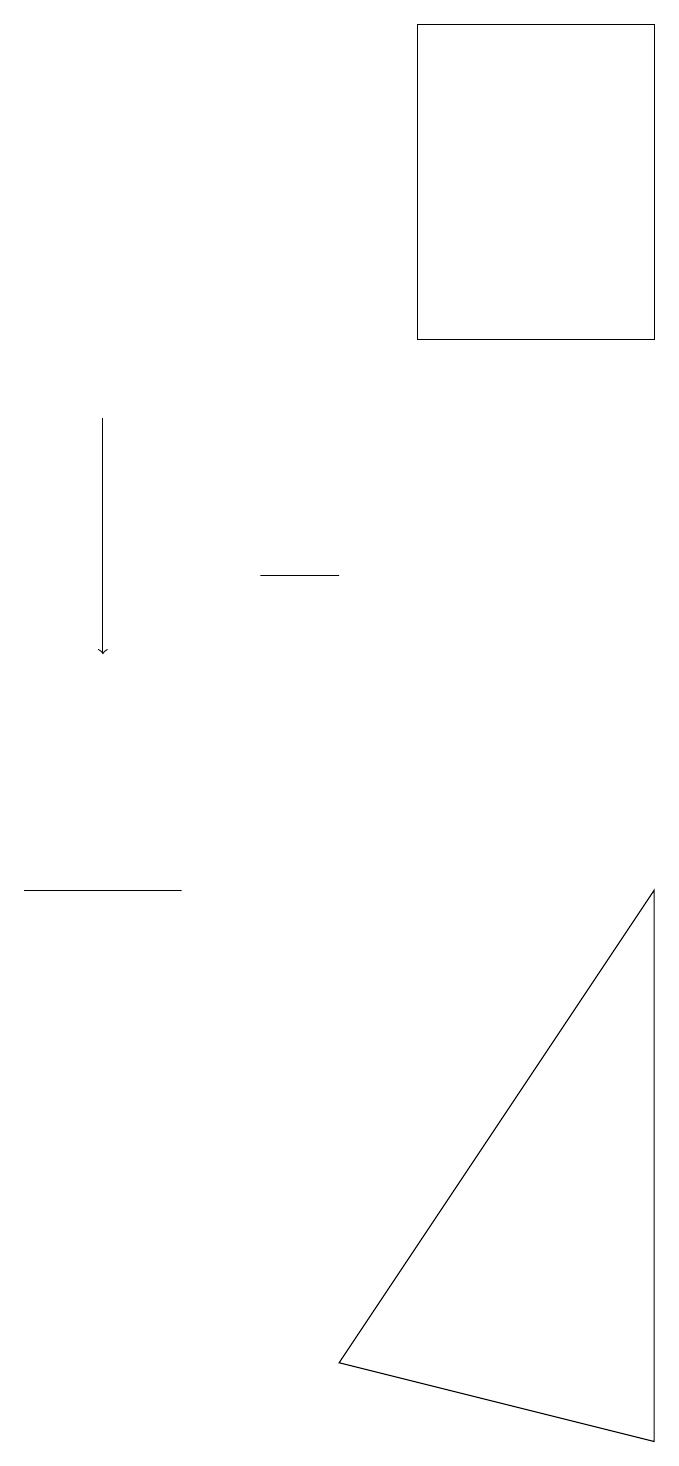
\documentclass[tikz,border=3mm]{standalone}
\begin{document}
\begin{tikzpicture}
\draw (8,19) rectangle (5,15);
\draw[->] (1,14) -- (1,11);
\draw (8,1) -- (4,2) -- (8,8) -- cycle;
\draw (1,8) -- (0,8) -- (2,8) -- cycle;
\draw (3,12) rectangle (4,12);
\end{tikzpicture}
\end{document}